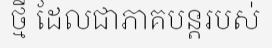
ថ្មី ដែលជាភាគបន្តរបស់